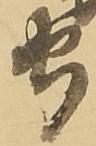
守